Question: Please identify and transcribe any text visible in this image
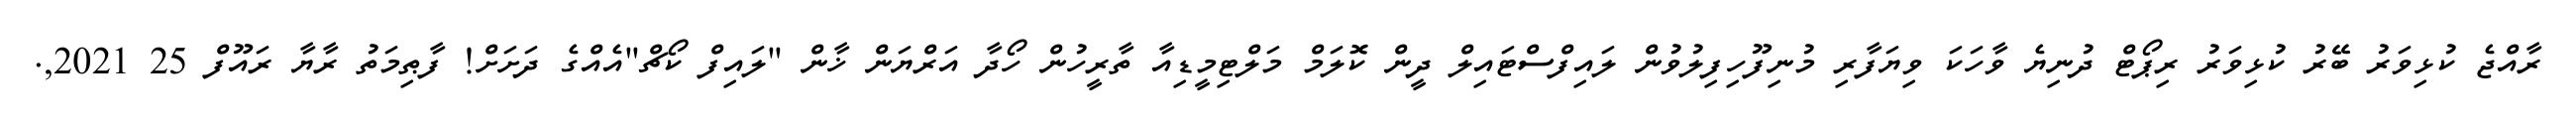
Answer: ރާއްޖެ ކުޅިވަރު ބޭރު ކުޅިވަރު ރިޕޯޓް ދުނިޔެ ވާހަކަ ވިޔަފާރި މުނިފޫހިފިލުވުން ލައިފްސްޓައިލް ދީން ކޮލަމް މަލްޓިމީޑިއާ ތާރީހުން ހޯދާ އަރްޔަން ޚާން "ލައިފް ކޯޗް"އެއްގެ ދަށަށް! ފާޠިމަތު ރާޔާ ރައޫފް 25 2021,.